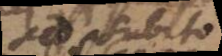
sed subito